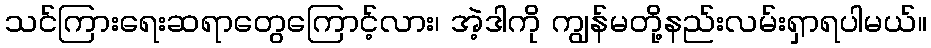
သင်ကြားရေးဆရာတွေကြောင့်လား၊ အဲ့ဒါကို ကျွန်မတို့နည်းလမ်းရှာရပါမယ်။